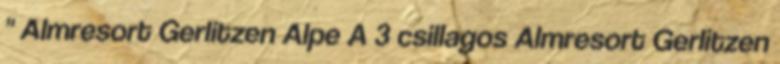
" Almresort Gerlitzen Alpe A 3 csillagos Almresort Gerlitzen